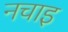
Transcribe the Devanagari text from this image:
नचाइ